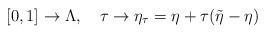
LaTeX: \begin{align*}[0,1]\to\Lambda,\quad\tau\to\eta_{\tau}=\eta+\tau(\tilde{\eta}-\eta)\end{align*}